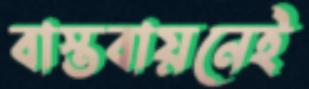
বাস্তবায়নেই